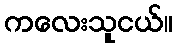
ကလေးသူငယ်။